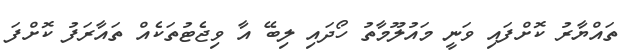
ތައްޔާރު ކޮށްފައި ވަނީ މައުލޫމާތު ހޯދައި ލިބޭ އާ ވިޖެޓުތަކެއް ތައާރަފު ކޮށްފަ